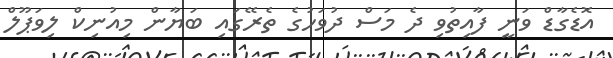
އޮޑެގާޑް ވަނީ ފާއިތުވި ދެ މަސް ދުވަހުގެ ތެރޭގައި ބަޔާން މިއުނިކް ލިވަޕޫލް